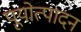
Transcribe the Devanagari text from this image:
पूयोत्पादन